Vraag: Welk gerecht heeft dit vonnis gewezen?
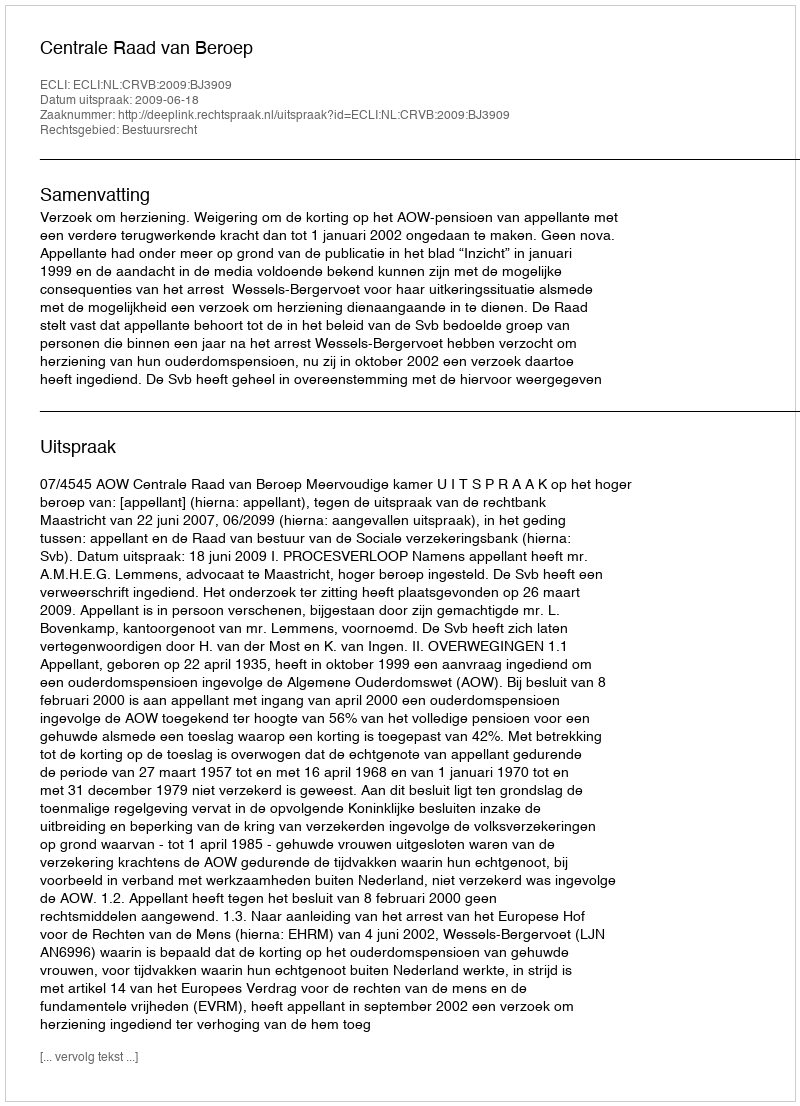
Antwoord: Centrale Raad van Beroep